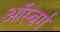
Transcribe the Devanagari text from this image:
ऑस्बर्ग